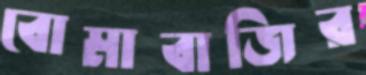
বোমাবাজির